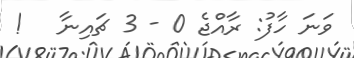
ވަނަ ހާފު: ރާއްޖެ 0 - 3 ޗައިނާ   !